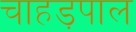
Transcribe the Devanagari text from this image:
चाहड़पाल